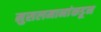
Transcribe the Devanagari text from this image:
मुसलमानांकडून